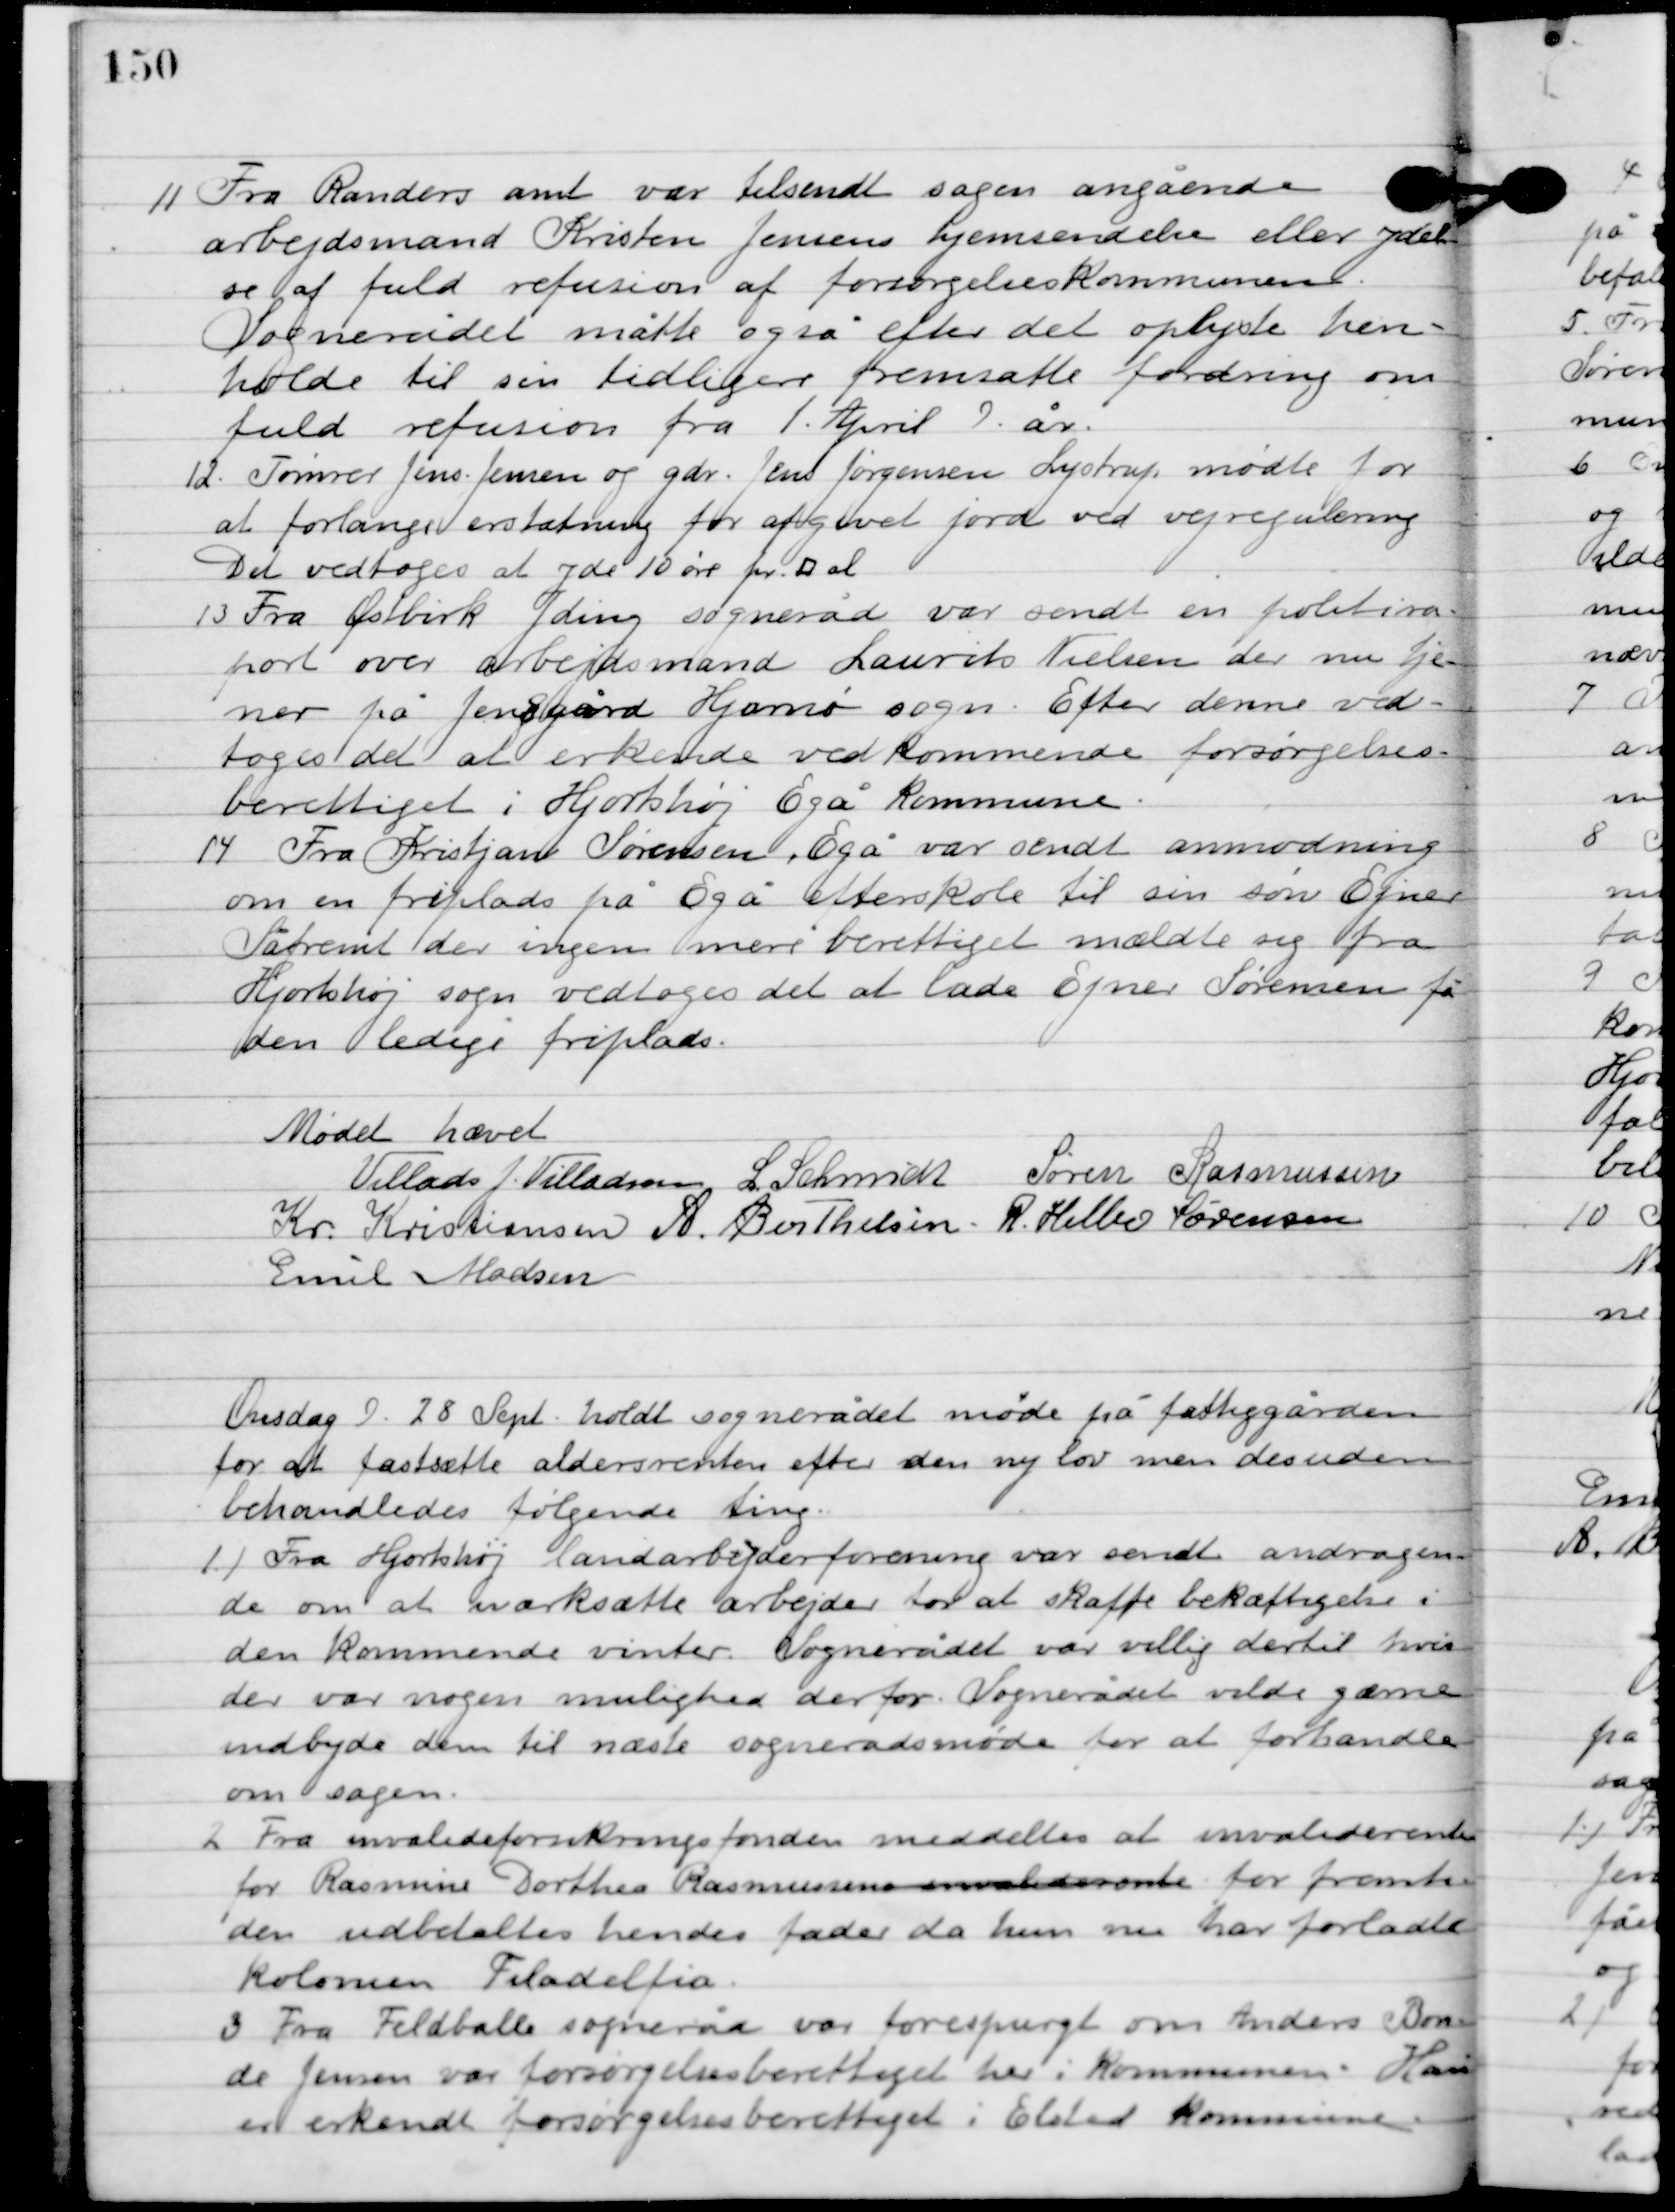
Transskription:
11

Fra Randers amt var tilsendt sagen angående
arbejdsmand Kristen Jensens hjemsendelse eller ydel-
se af fuld refusion af forsørgelseskommunen.
Sognerådet måtte også efter det oplyste hen-
holde til sin tidligere fremsatte fordring om
fuld refusion fra 1. April d. år.

12

Tømrer Jens Jensen og gdr. Jens Jørgensen Lystrup mødte for
at forlange erstatning for afgivet jord ved vejregulering.
Det vedtoges at yde 10 øre pr. A. el.

13

Fra Østbirk Yding sogneråd var sendt en politirap-
port over arbejdsmand Laurits Nielsen der nu hjem-
me på Jensgård Hjarnø sogn. Efter denne ved-
toges det at erkende vedkommende forsørgelses-
berettiget i Hjortshøj Egå kommune.

14

Fra Kristjan Sørensen, Egå var sendt anmodning
om en friplads på Egå Efterskole til sin søn Ejner.
Såfremt der ingen mere berettige mældte sig fra
Hjortshøj sogn vedtoges det at lade Ejner Sørensen få
den ledige friplads.

Mødet hævet

Villads J. Villadsen
I. Schmidt
Søren Rasmussen
Kr. Kristiansen
A. Berthelsen
R. Helbo Sørensen
Emil Madsen

Onsdag D. 28. Sept. holdt sognerådet møde på fattiggården
for at fastsætte aldersrenten efter den ny lov men desuden
behandledes følgende ting.

1

Fra Hjortshøj landarbejderforening var sendt andragende
 om at marksætte arbejder for at skaffe beskæftigelse i
den kommende vinter, Sognerådet var villig dertil hvis
der var nogen mulighed derfor. Sognerådet vilde gærne
indbyde dem til næste sognerådsmøde for at forhandle
om sagen.

2

Fra invalideforsikringsfonden meddeltes at invaliderenten
for Rasmine Dortheas Rasmussens for fremti-
den udbetales hendes fader da hun nu har forladt
kolonien Filadelfia.

3

Fra Feldballe sogneråd var forespurgt om Anders Bon-
de Jensen var forsørgelses berettiget her i kommunen. Han
er erkendt forsørgelsesberettiget i Elsted kommune.